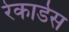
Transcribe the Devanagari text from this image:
रेकार्डस